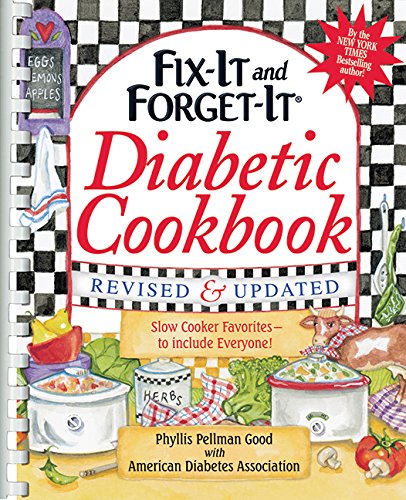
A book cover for Fix-It and Forget-It Diabetic Cookbook Revised and Updated: 550 Slow Cooker Favorites--To Include Everyone!; Phyllis Good; Cookbooks, Food & Wine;